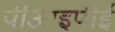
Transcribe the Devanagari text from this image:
पीआइपीई